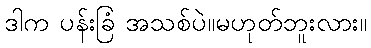
ဒါက ပန်းခြံ အသစ်ပဲ။မဟုတ်ဘူးလား။